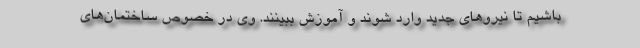
باشیم تا نیروهای جدید وارد شوند و آموزش ببینند. وی در خصوص ساختمان‌های